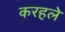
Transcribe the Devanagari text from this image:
करहले